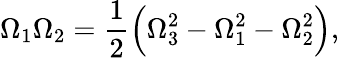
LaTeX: \Omega_{1}\Omega_{2}=\frac{1}{2}\Big(\Omega_{3}^{2}-\Omega_{1}^{2}-\Omega_{2}^{2}\Big),